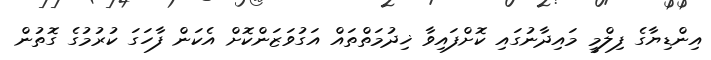
އިންޑިޔާގެ ފިލްމީ މައިދާނުގައި ކޮށްފައިވާ ޚިދުމަތްތައް އަގުވަޒަންކޮށް އެކަން ފާހަގަ ކުރުމުގެ ގޮތުން